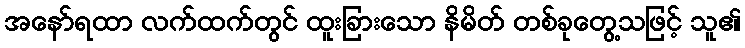
အနော်ရထာ လက်ထက်တွင် ထူးခြားသော နိမိတ် တစ်ခုတွေ့သဖြင့် သူ၏